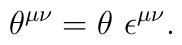
\theta^{\mu\nu}=\theta~ \epsilon^{\mu\nu}.